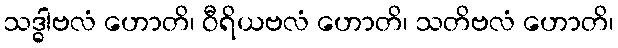
သဒ္ဓါဗလံ ဟောတိ၊ ဝီရိယဗလံ ဟောတိ၊ သတိဗလံ ဟောတိ၊